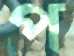
প